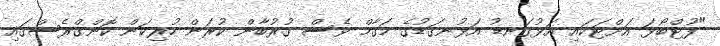
"ފުޓްބޯޅަ އަށްޓަކައި އަޅުގަނޑު އަޅުނގަޑުގެ މަގާމް ވެސް ގުރުބާން ކުރަން ހުރިކަން ކޮންގްރެސްގައި